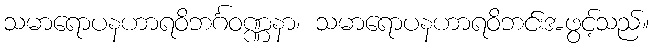
သမာရောပနဟာရဝိဘင်္ဂဝဏ္ဏနာ၊ သမာရောပနဟာရဝိဘင်းအဖွင့်သည်။